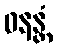
ဝနန္တံ